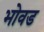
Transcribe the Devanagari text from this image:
भोवड